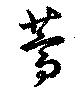
蒿